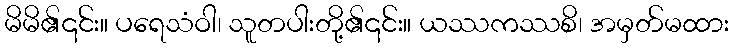
မိမိ၏၎င်း။ ပရေသံဝါ၊ သူတပါးတို့၏၎င်း။ ယဿကဿစိ၊ အမှတ်မထား